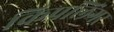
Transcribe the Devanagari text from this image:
किपलिंगर